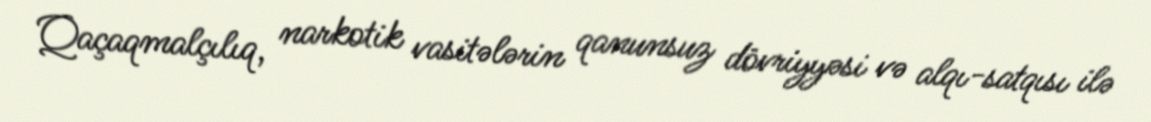
Qaçaqmalçılıq, narkotik vasitələrin qanunsuz dövriyyəsi və alqı-satqısı ilə